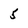
Character: 5